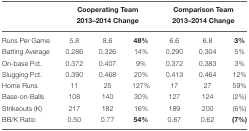
<table><thead><tr><td></td><td colspan="3"><b>Cooperating Team2013–2014 Change</b></td><td colspan="3"><b>Comparison Team2013–2014 Change</b></td></tr></thead><tbody><tr><td>Runs Per Game</td><td>5.8</td><td>8.6</td><td><b>48%</b></td><td>6.6</td><td>6.8</td><td><b>3%</b></td></tr><tr><td>Batting Average</td><td>0.286</td><td>0.326</td><td>14%</td><td>0.290</td><td>0.304</td><td>5%</td></tr><tr><td>On-base Pct.</td><td>0.372</td><td>0.407</td><td>9%</td><td>0.372</td><td>0.383</td><td>3%</td></tr><tr><td>Slugging Pct.</td><td>0.390</td><td>0.468</td><td>20%</td><td>0.413</td><td>0.464</td><td>12%</td></tr><tr><td>Home Runs</td><td>11</td><td>25</td><td>127%</td><td>17</td><td>27</td><td>59%</td></tr><tr><td>Base-on-Balls</td><td>108</td><td>140</td><td>30%</td><td>127</td><td>124</td><td>(2%)</td></tr><tr><td>Strikeouts (K)</td><td>217</td><td>182</td><td>16%</td><td>189</td><td>200</td><td>(6%)</td></tr><tr><td>BB/K Ratio</td><td>0.50</td><td>0.77</td><td><b>54%</b></td><td>0.67</td><td>0.62</td><td><b>(7%)</b></td></tr></tbody></table>